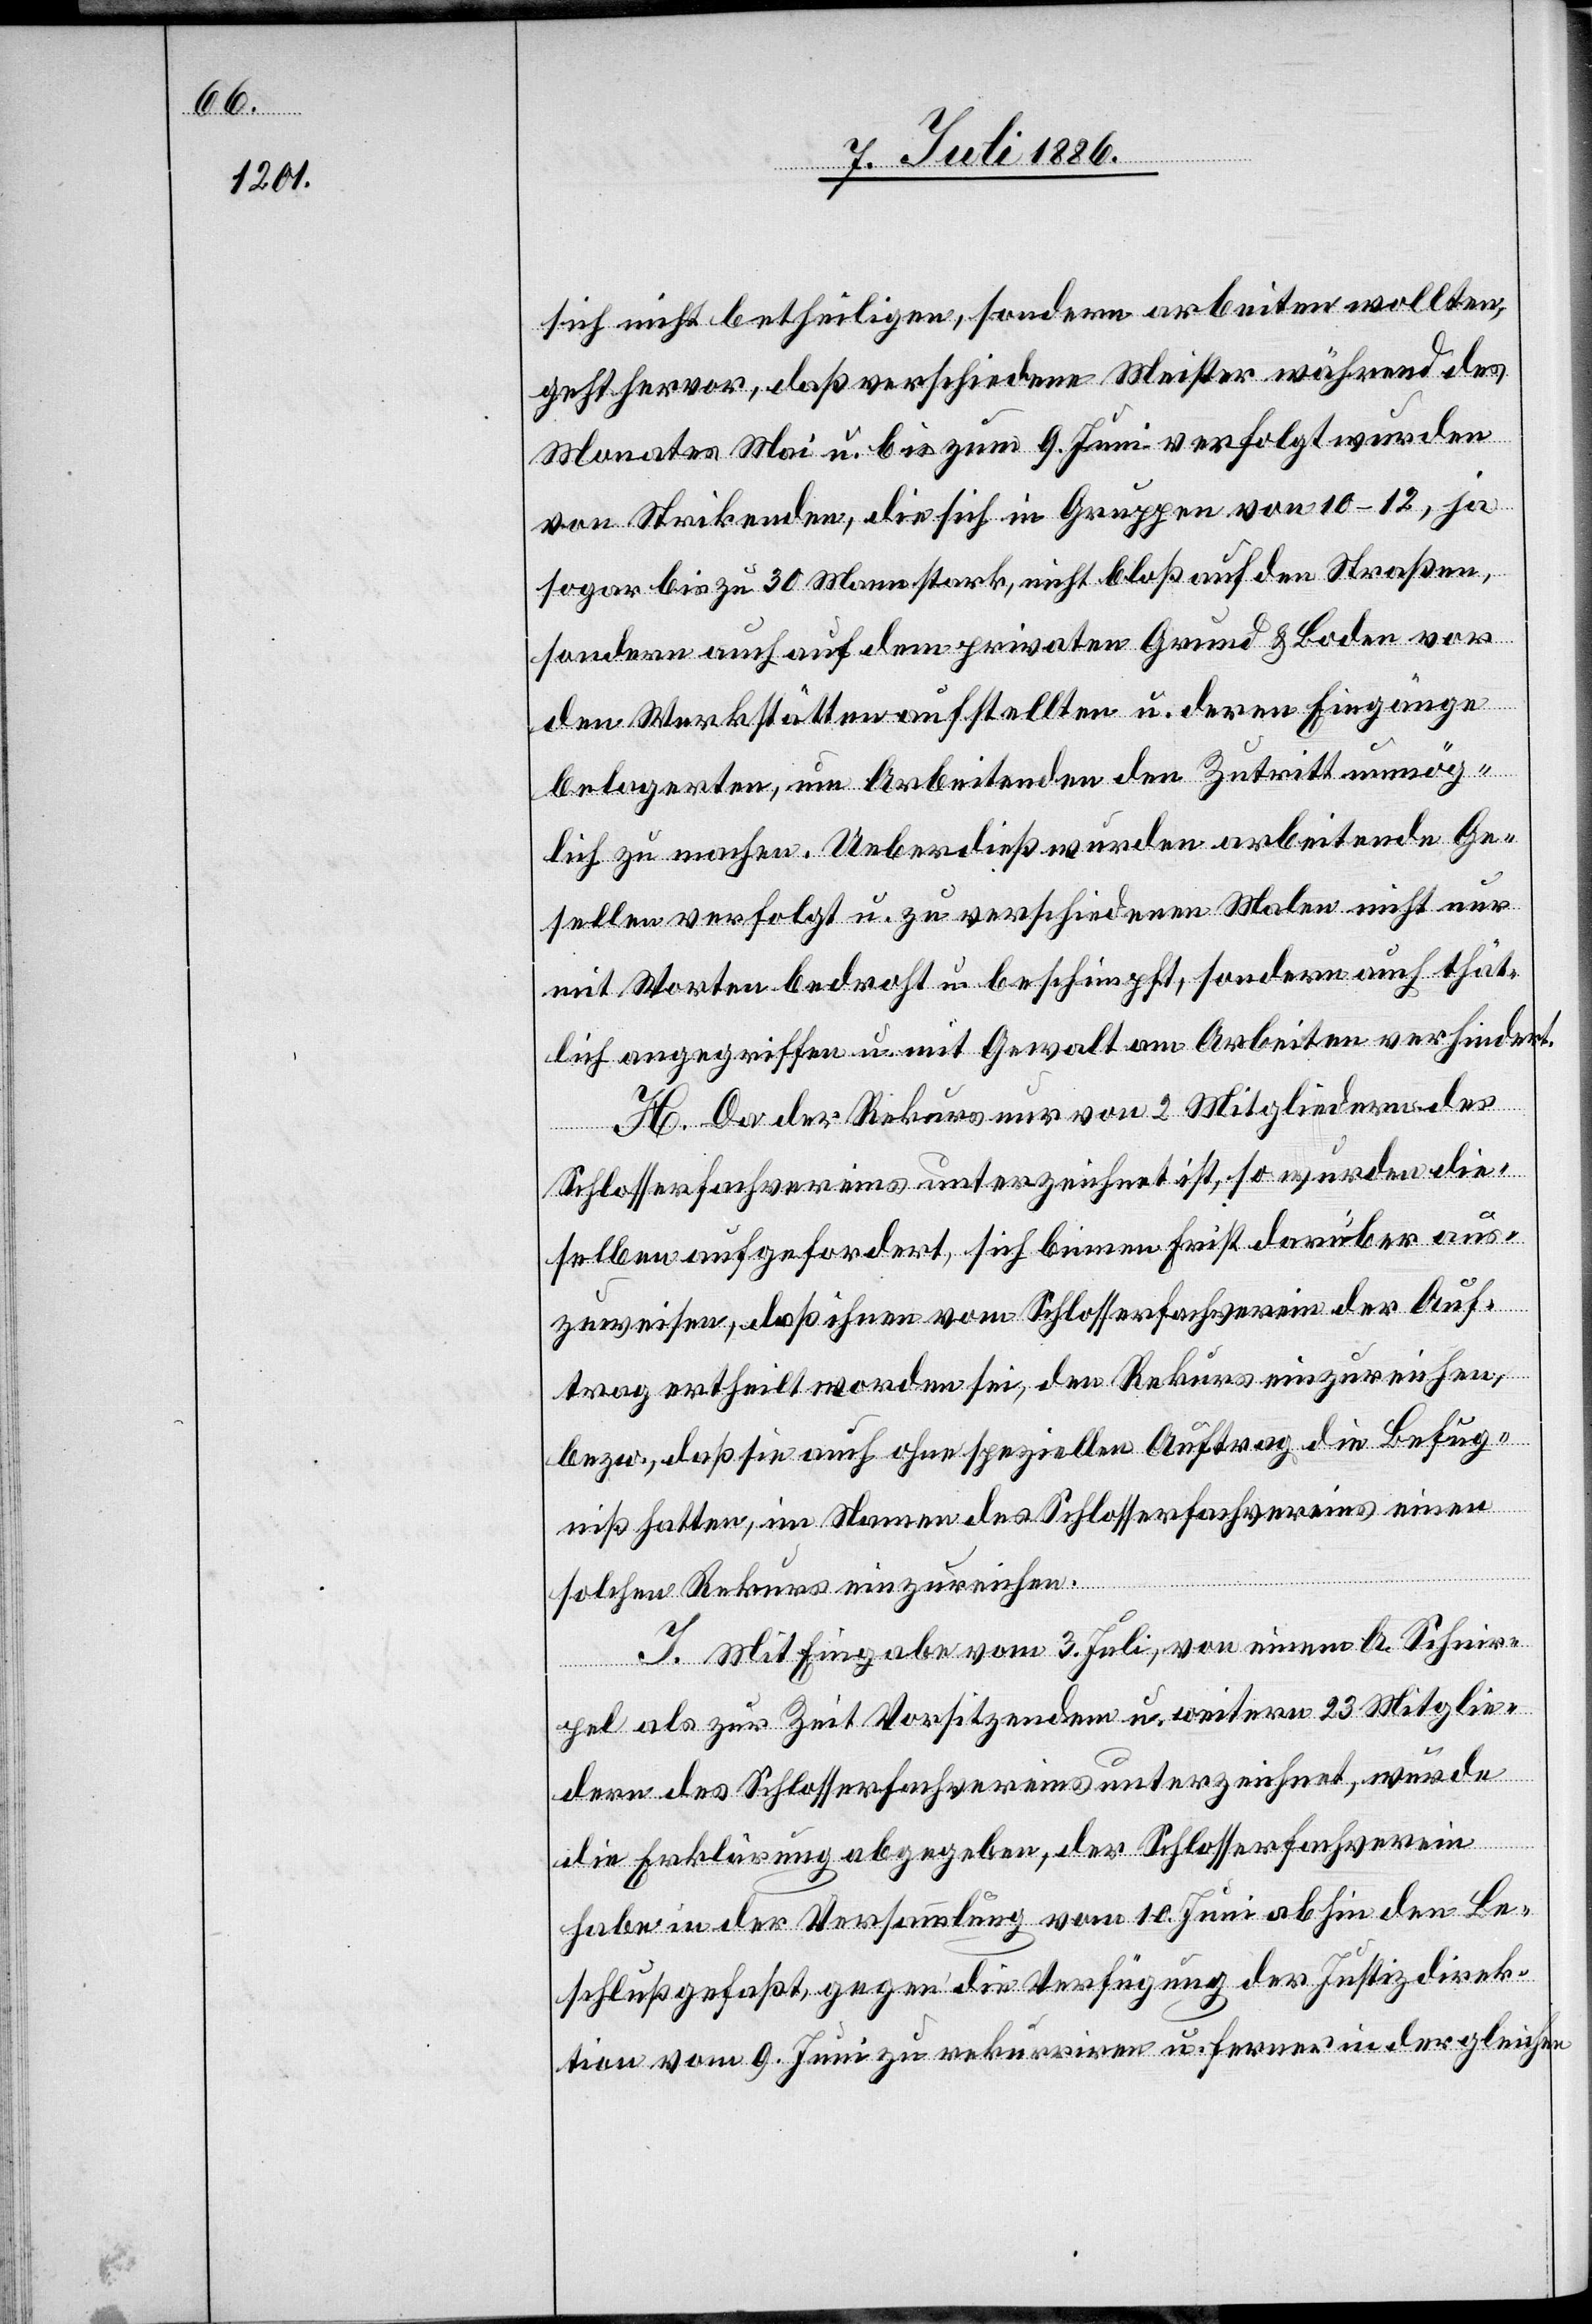
sich nicht betheiligten, sondern arbeiten wollten,
geht hervor, daß verschiedene Meister während des
Monates Mai u. bis zum 9. Juni verfolgt wurden
von Strikenden, die sich in Gruppen von 10–12, ja
sogar bis zu 30 Mann stark, nicht bloß auf den Straßen,
sondern auch auf dem privaten Grund & Boden vor
den Werkstätten aufstellten u. deren Eingänge
belagerten, um Arbeitenden den Zutritt unmög¬
lich zu machen. Ueberdieß wurden arbeitende Ge¬
sellen verfolgt u. zu verschiedenen Malen nicht nur
mit Worten bedroht u. beschimpft, sondern auch thät¬
lich angegriffen u. mit Gewalt am Arbeiten verhindert.
H. Da der Rekurs nur von 2 Mitgliedern des
Schlosserfachvereins unterzeichnet ist, so wurden die¬
selben aufgefordert, sich binnen Frist darüber aus¬
zuweisen, daß ihnen vom Schlosserfachverein der Auf¬
trag ertheilt worden sei, den Rekurs einzureichen,
bezw. daß sie auch ohne speziellen Auftrag die Befug¬
niß hatten, im Namen des Schlosserfachvereins einen
solchen Rekurs einzureichen.
I. Mit Eingabe vom 3. Juli, von einem G. Schnir¬
pel als zur Zeit Vorsitzendem u. weitern 23 Mitglie¬
dern des Schlosserfachvereins unterzeichnet, wurde
die Erklärung abgegeben, der Schlosserfachverein
habe in der Versammlung vom 10. Juni abhin den Be¬
schluß gefaßt, gegen die Verfügung der Justizdirek¬
tion vom 9. Juni zu rekurriren u. ferner in der gleichen